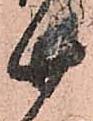
廿